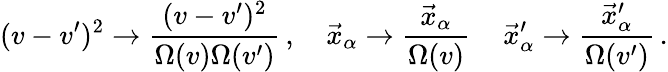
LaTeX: (v-v^{\prime})^{2}\rightarrow\frac{(v-v^{\prime})^{2}}{\Omega(v)\Omega(v^{\prime})}\, ,\quad\vec{x}_{\alpha}\rightarrow\frac{\vec{x}_{\alpha}}{\Omega(v)}\, \quad\vec{x}_{\alpha}^{\prime}\rightarrow\frac{\vec{x}_{\alpha}^{\prime}}{\Omega(v^{\prime})}\, .